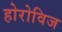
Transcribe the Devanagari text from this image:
होरोविज